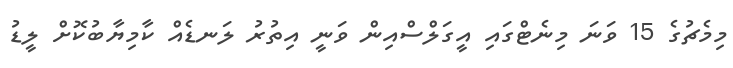
މިމެޗުގެ 15 ވަނަ މިނެޓްގައި އީގަލްސްއިން ވަނީ އިތުރު ލަނޑެއް ކާމިޔާބުކޮށް ލީޑު